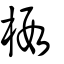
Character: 椵